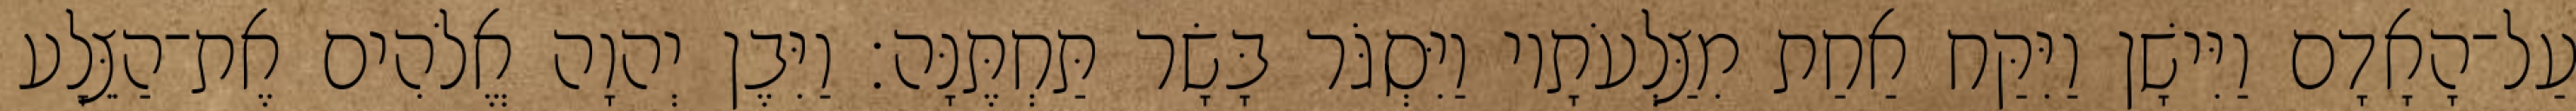
עַל־הָאָדָם וַיִּישָׁן וַיִּקַּח אַחַת מִצַּלְעֹתָיו וַיִּסְגֹּר בָּשָׂר תַּחְתֶּנָּה׃ וַיִּבֶן יְהוָה אֱלֹהִים אֶת־הַצֵּלָע